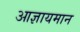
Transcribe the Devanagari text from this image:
आज्ञायमान